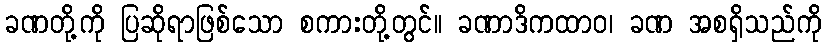
ခဏတို့ကို ပြဆိုရာဖြစ်သော စကားတို့တွင်။ ခဏာဒိကထာဝ၊ ခဏ အစရှိသည်ကို